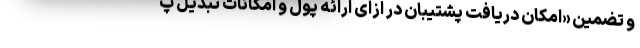
و تضمین «امکان دریافت پشتیبان در ازای ارائه پول و امکانات تبدیل پ